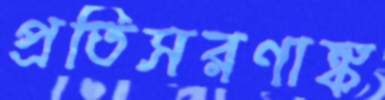
প্রতিসরণাঙ্ক